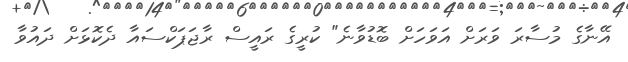
އޭނާގެ މުސާރަ ވަރަށް އަވަހަށް ބޮޑުވާނެ" ކުރީގެ ރައީސް ރާޖަޕަކްސައާ ދެކޮޅަށް ދައުވާ